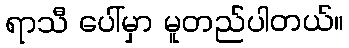
ရာသီ ပေါ်မှာ မူတည်ပါတယ်။